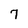
Character: 7